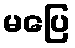
မပြေ